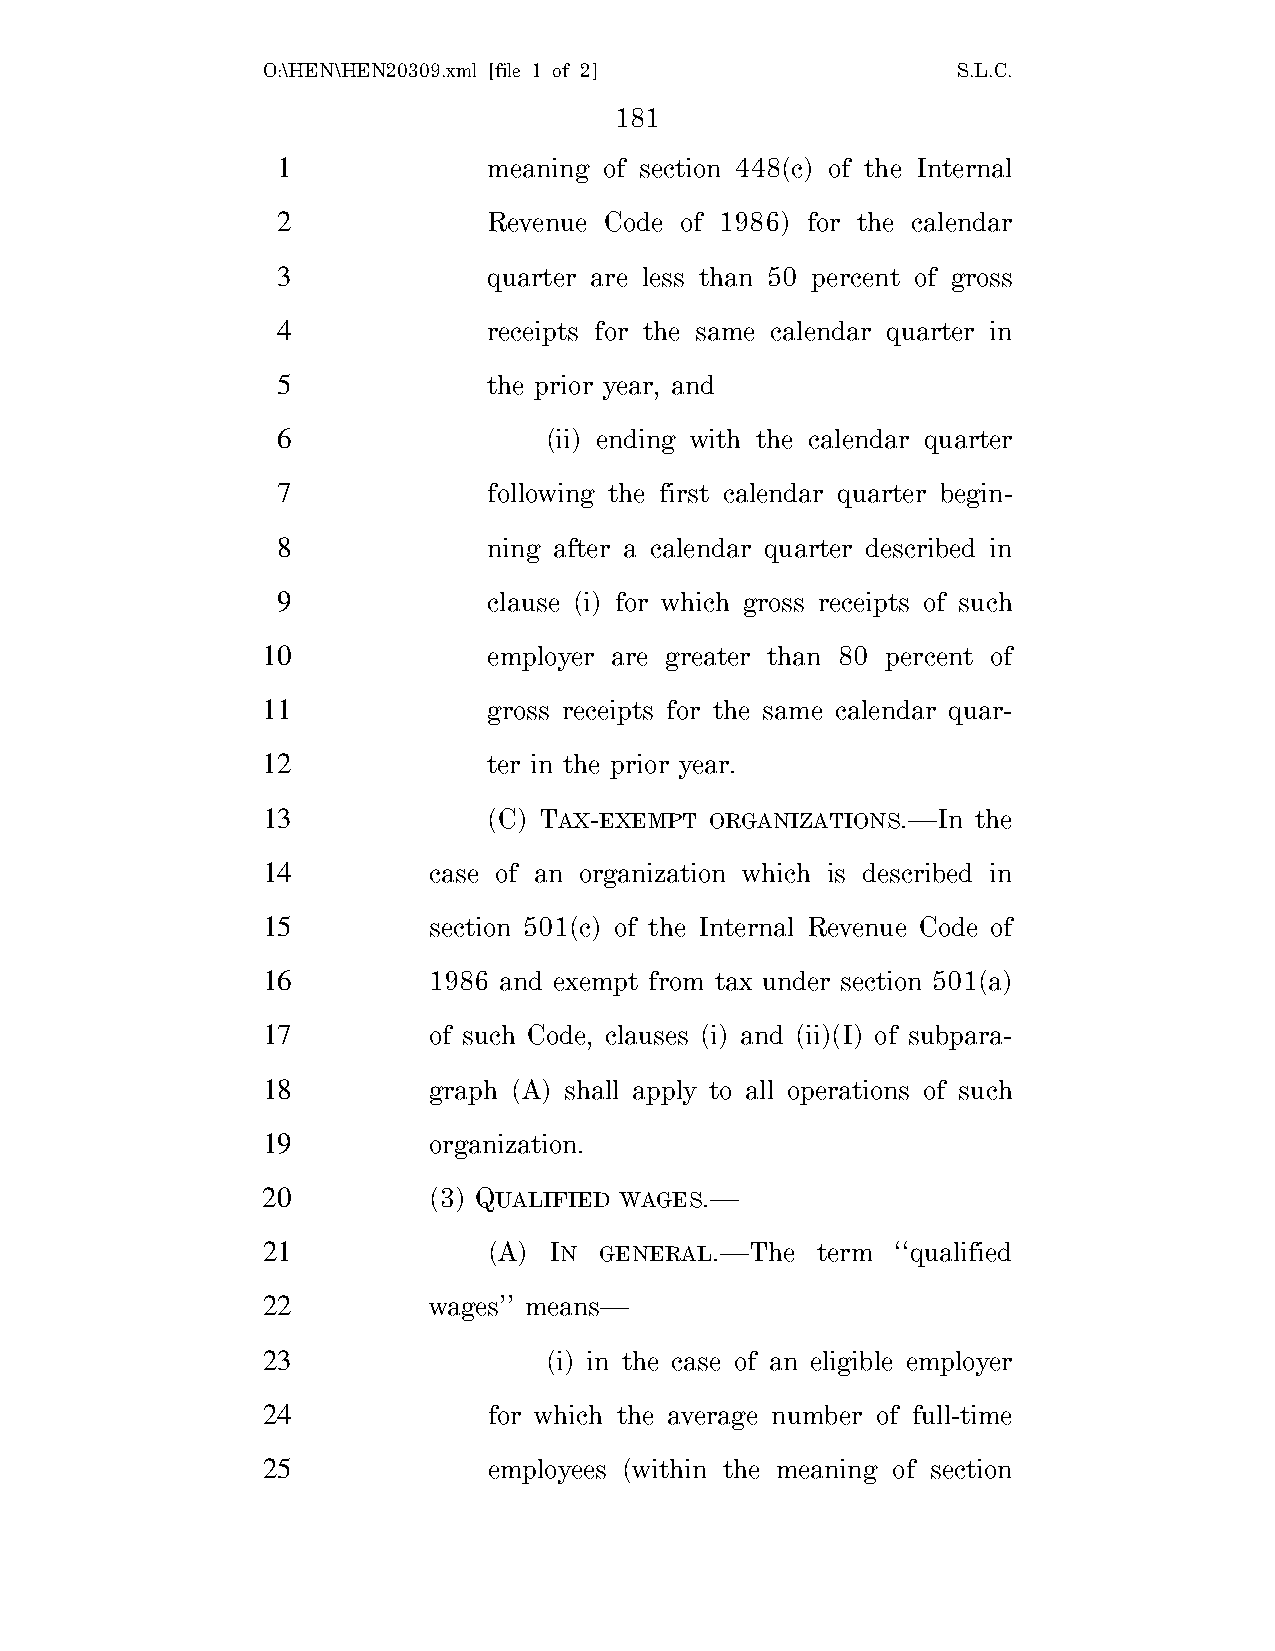
O:\HEN\HEN20309.xml [file 1 of 2]             S.L.C.
 181
 1             meaning of section 448(c) of the Internal
 2             Revenue Code of 1986) for the calendar
 3             quarter are less than 50 percent of gross
 4             receipts for the same calendar quarter in
 5             the prior year, and
 6                 (ii) ending with the calendar quarter
 7             following the first calendar quarter begin-
 8             ning after a calendar quarter described in
 9             clause (i) for which gross receipts of such
 10             employer are greater than 80 percent of
 11             gross receipts for the same calendar quar-
 12             ter in the prior year.
 13             (C) TAX-EXEMPT ORGANIZATIONS.—In the
 14         case of an organization which is described in
 15         section 501(c) of the Internal Revenue Code of
 16         1986 and exempt from tax under section 501(a)
 17         of such Code, clauses (i) and (ii)(I) of subpara-
 18         graph (A) shall apply to all operations of such
 19         organization.
 20         (3) QUALIFIED WAGES.—
 21             (A) IN  GENERAL.—The  term ‘‘qualified
 22         wages’’ means—
 23                 (i) in the case of an eligible employer
 24             for which the average number of full-time
 25             employees (within the meaning of section